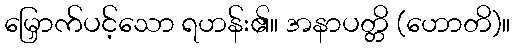
မြှောက်ပင့်သော ရဟန်း၏။ အနာပတ္တိ (ဟောတိ)။